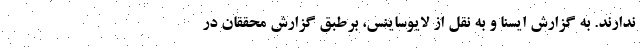
ندارند. به گزارش ایسنا و به نقل از لایوساینس، برطبق گزارش محققان در